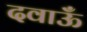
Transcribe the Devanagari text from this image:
दवाऊँ